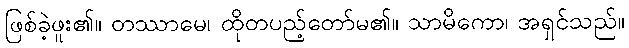
ဖြစ်ခဲ့ဖူး၏။ တဿာမေ၊ ထိုတပည့်တော်မ၏။ သာမိကော၊ အရှင်သည်။